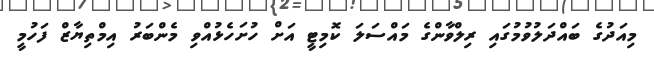
މިއަދުގެ ބައްދަލުވުމުގައި ރިލްވާންގެ މައްސަލަ ކޮމިޓީ އަށް ހުށަހެޅުއްވި މެންބަރު އިމްތިޔާޒް ފަހުމީ